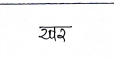
मजकूर: खर